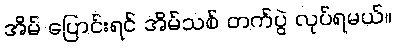
အိမ် ပြောင်းရင် အိမ်သစ် တက်ပွဲ လုပ်ရမယ်။